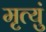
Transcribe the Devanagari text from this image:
मृत्युं